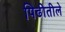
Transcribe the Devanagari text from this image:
पिढीतीले